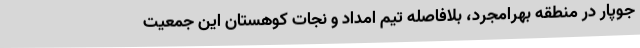
جوپار در منطقه بهرامجرد، بلافاصله تیم امداد و نجات کوهستان این جمعیت